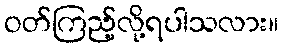
ဝတ်ကြည့်လို့ရပါသလား။